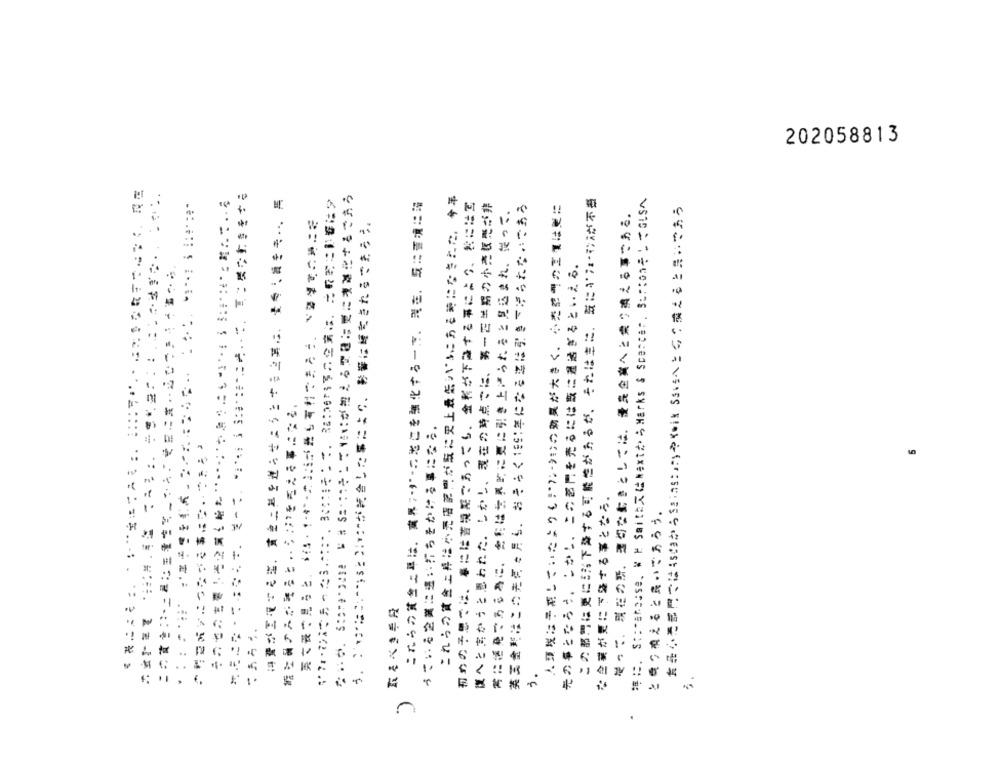
202058813
これらの賃金上昇は小売店部門が気に史上最低シルにある時になきこた、 今年
# #. S :: "ahouse. # N Saith文 ( Next#> > Marks & Scancer . Burton GLSA
これらの賞會に草は、 業界い·ジ·のどこを強化する一方、現在、気に運境に湯
初めの子思では、春には苦境期であっても、金利が下降する事により、おには写
護へとすかうと思われた。しかし、現在の時点でに、第一ござ期の小売販売が非
英美金型はこの先例ゃ月り、 おそらく189:年になるミは引き下げられないであう
常にを見てるる為に、愛称は世界的に更に引き上げられると見込まれ、従って、
だって、 現だの野、適切な動きとしくは、最良企業へと乗り換える事である。
食品の巻部門では450まからちょinsこうやくwik SSいへとらのうえると思っておう
先の事となろう。 しかし、 この部門を売るには取に連活ぎると ·· える。
…
な企業が更にで降する事となる。
と焼つ変えると良いであろう。
う.
..